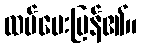
ထပ်ပေးပြန်၏။